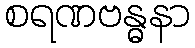
စရဏဗန္ဓနာ